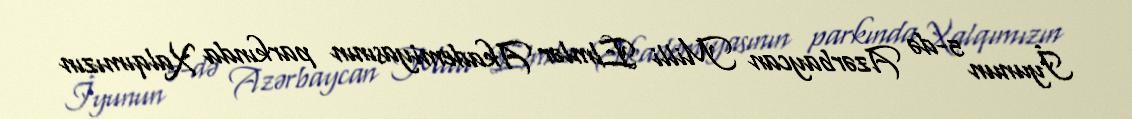
İyunun 5-də Azərbaycan Milli Elmlər Akademiyasının parkında Xalqımızın